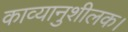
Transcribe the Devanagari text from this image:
काव्यानुशीलक।